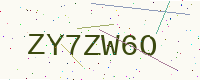
Text: ZY7ZW6O